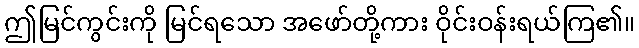
ဤမြင်ကွင်းကို မြင်ရသော အဖော်တို့ကား ဝိုင်းဝန်းရယ်ကြ၏။